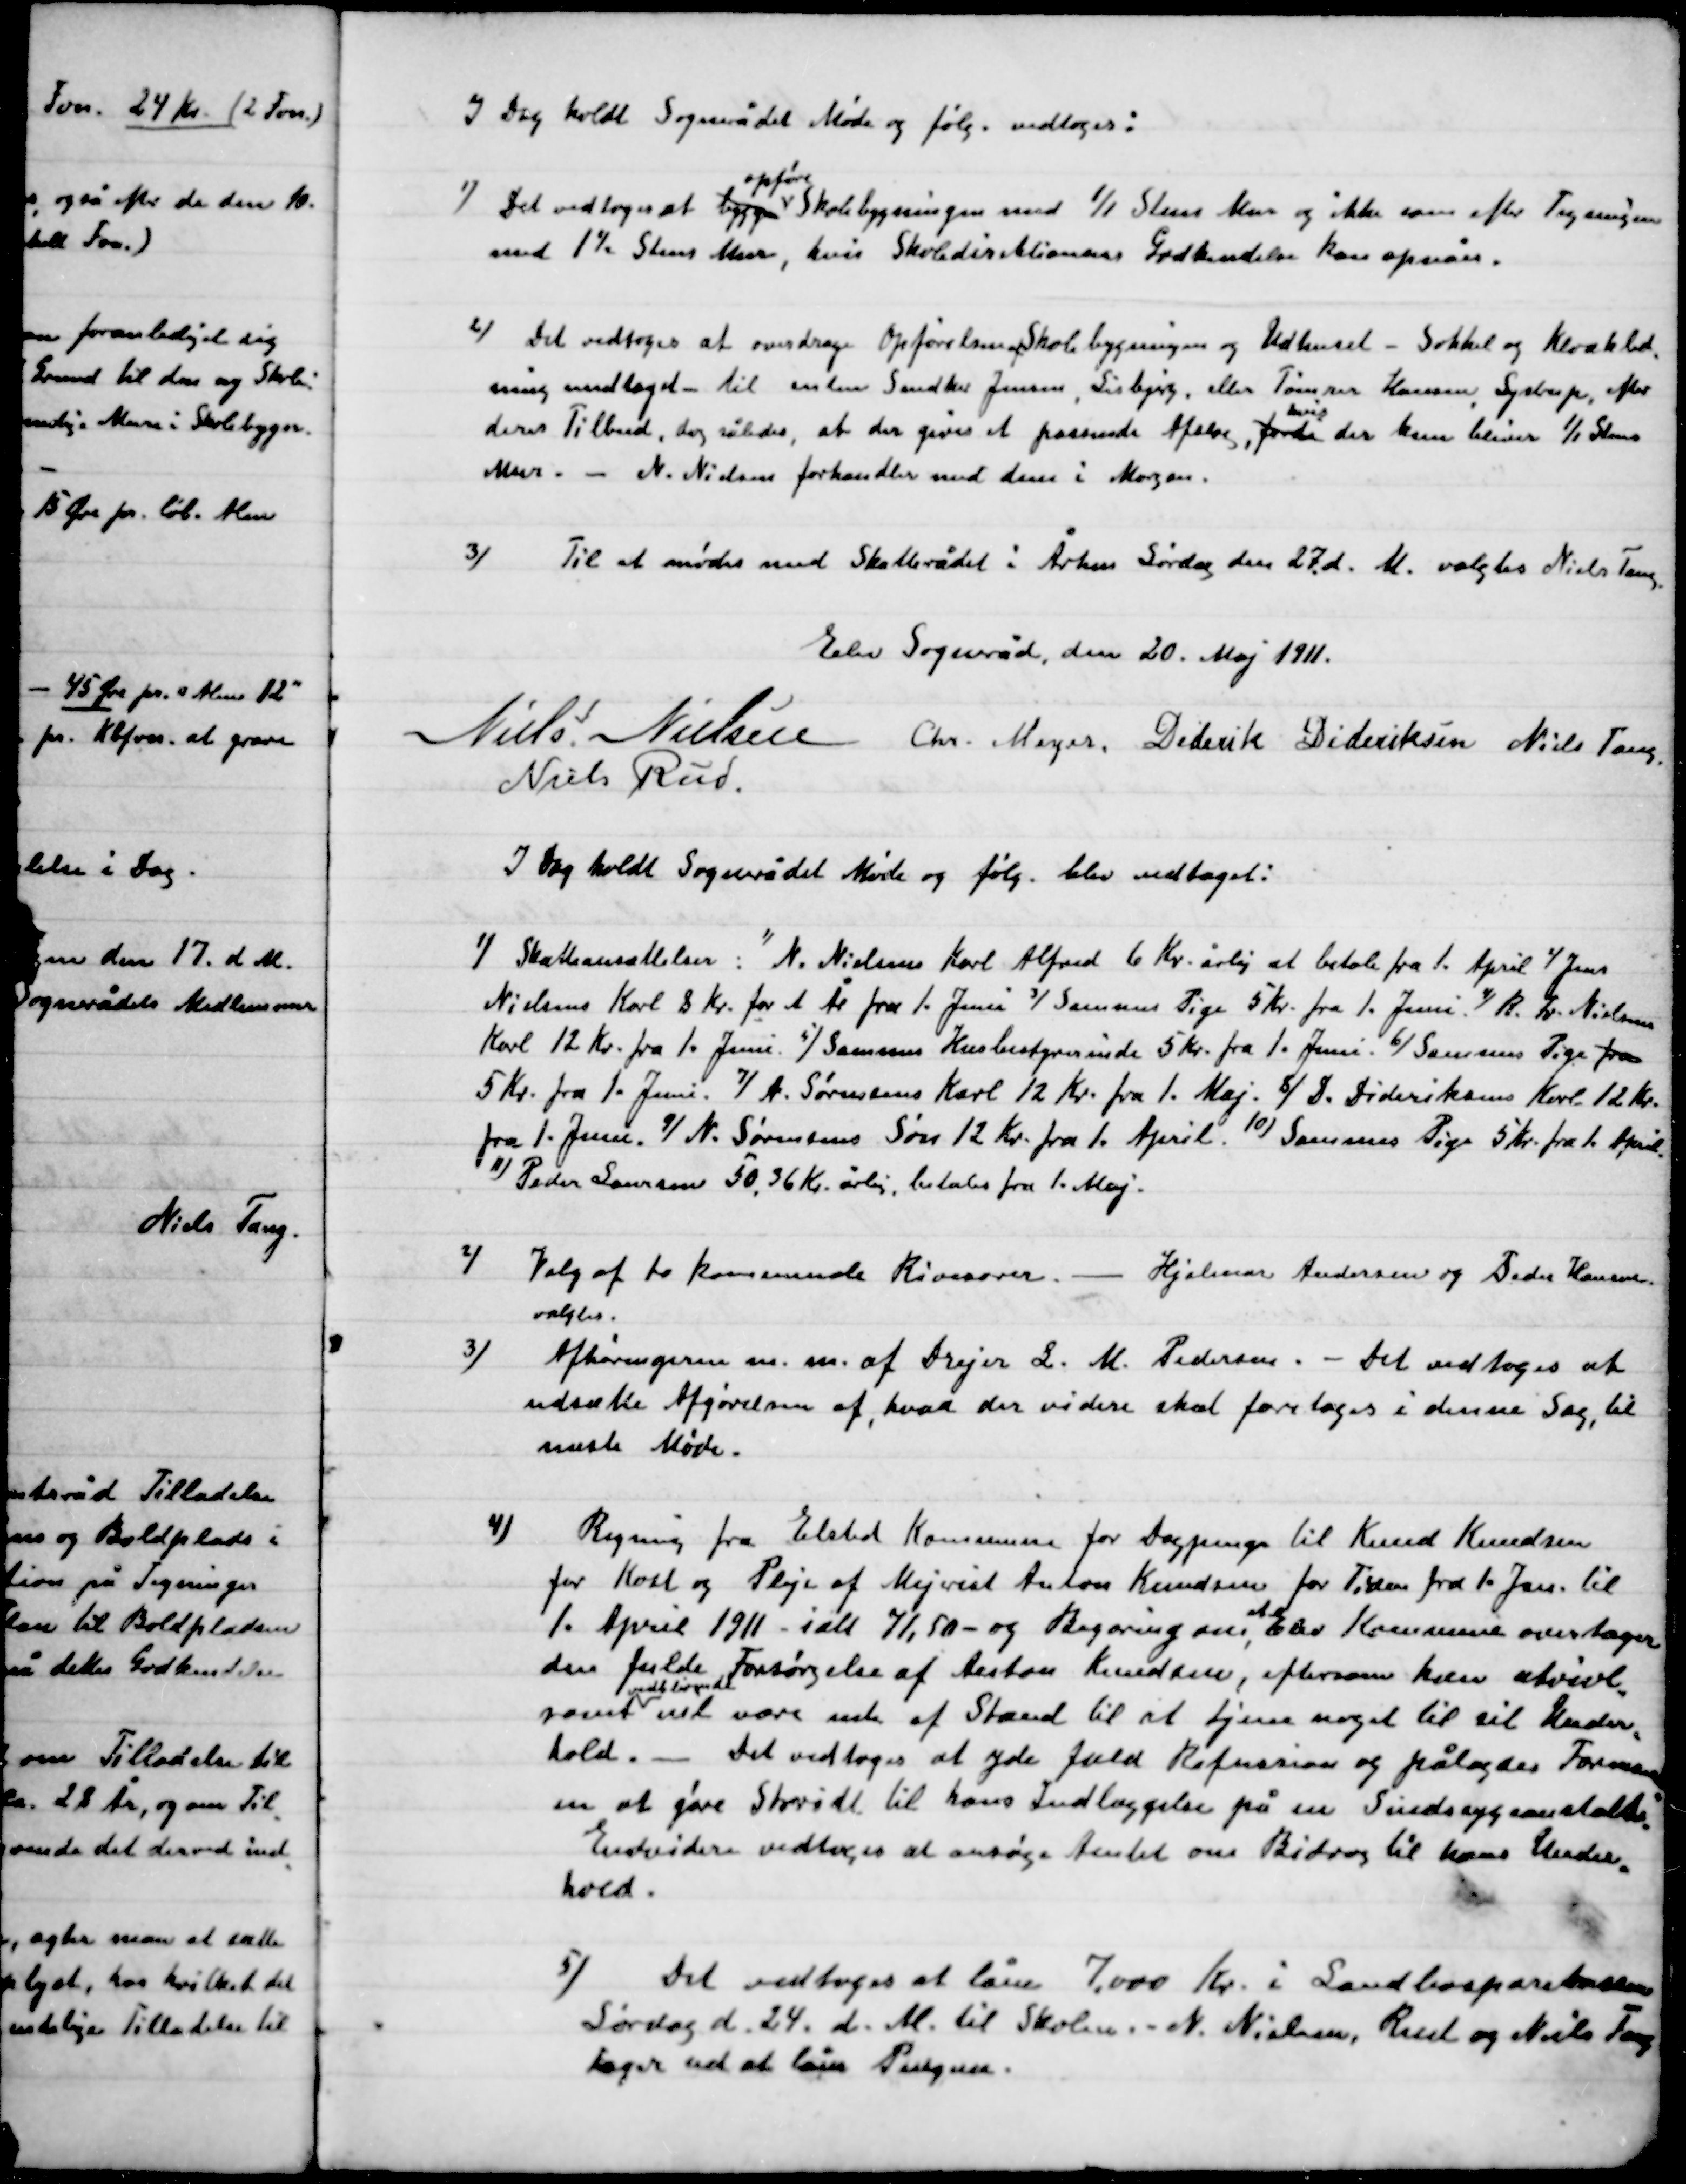
Transskription:
I Dag holdt Sognerådet Møde og følg. vedtoges:

1)

Det vedtoges at
opføre
Skolebygninger med 1/1 stens Mur og ikke som efter Tegningen
med 1½ Stens Mur, hvis Skoledirektionens godkendelse kan opnås.

2)

Det vedtoges at overdrage Opførelsens af skolebygningen og Udhuset – Sokkel og Kloakled-
ning medtaget – til mester Snedker Jensen, Lisbjerg, eller  Tømmer Hansen, Lystrup efter
deres Tilbud, dog således, at der gives et passende afslag, fordi
hvis
der kun bliver 1/1 Sten-
Murer. – N. Nielsen forhandler med dem i Morgen.

3)

Til at mødes med Skatterådet i Århus Søndag den 27. d. M. valgtes Niels Tang

Elev Sogneråd, den 20. Maj 1911.

Niels Nielsen
Chr. Meyer
Diderik Dideriksen
Niels Tang
Niels Rud

I Dag holdt Sognerådet Møde og følg. blev vedtaget:

1)

Skatteansættelsen: 1) N. Nielsens Karl Alfred 6 Kr. årlig at betale fra 1. April 2) Jens
Nielsens Karl 8 Kr. for 1 År fra 1. Juni 3) Sammes Pige 5 Kr. fra 1. Juni 4) R. Fr. Nielsen
Karl 12 Kr. fra 1. juni 5) Samme Husbestyrerinde 5 Kr. fra 1. juni 6) samme Pige fra
5 Kr. fra 1. Juni 7)A. Sørensens Karl 12 Kr. fra 1. Maj 8) D. Dideriksens Karl 12 Kr.
Fra 1. Juni 9) N. Sørensens Søn 12 Kr. fra 1. April 10) sammes Pige 5 Kr. fra 1. April
11) Peder Laursen 50,36 Kr. årlig, betales fra 1. Maj.

2)

Valg af to kommunale Revisorer. – Hjalmar Andersen og Peder Hansen
Valgtes.

3)

Afhøringer m.m. af Drejer L. M. Pedersen. – Det vedtoges at
udsætte Afgørelsen af, hvad der videre skal foretages i denne Sag, til
næste Møde.

4)

Regning fra Elsted Kommune for Dagpenge til Knud Knudsen
for Kost og Pleje af Mejerist Anton Knudsen for Tiden fra 1. Jan. til
1. April 1911 – i alt 71,50 – og Regningen
da
Elev Kommune overtager
den fulde Forsørgelse af Anton Knudsen, eftersom han tvivl-
somt
vedblivende
være ude af Stand til at  tjene noget til sit Under-
hold. – Det vedtoges at yde fuld Refusion og pålægge Formaning
om at give Storild til hans Indlæggelse på en Sindssygeanstalt.
Endvidere vedtoges at ansøge Amtet om Bidrag til hans Under-
hold.

5)

Det vedtoges at låne 7.000 Kr. i Landbosparekassen
Lørdag d. 14. d. M. til Skolen. – N. Nielsen, Rud, og Niels Tang
tager ud at låne Pengene.